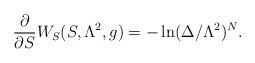
LaTeX: \begin{align*}{\partial \over \partial S}W_S(S,\Lambda^2, g) = -\ln(\Delta/\Lambda^2)^N.\end{align*}